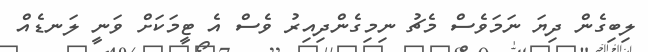
ލިބިގެން ދިޔަ ނަމަވެސް މެޗު ނިމިގެންދިއިރު ވެސް އެ ޓީމަކަށް ވަނީ ލަނޑެއް